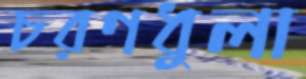
চরণধুলা